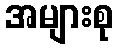
အများစု